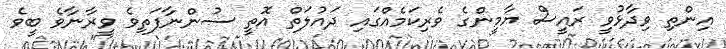
އިންތި ވިދާޅުވީ ރައީސް ޔާމީންގެ ވެރިކަމެއްގައި ދައުލަތް އޮތީ ސުންނާފަތިވެ ވީރާނާވެ ބީވެ